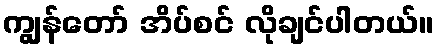
ကျွန်တော် အိပ်စင် လိုချင်ပါတယ်။